Report on vaccination in the Province of Bengal - 1874-1889
Year: 1874
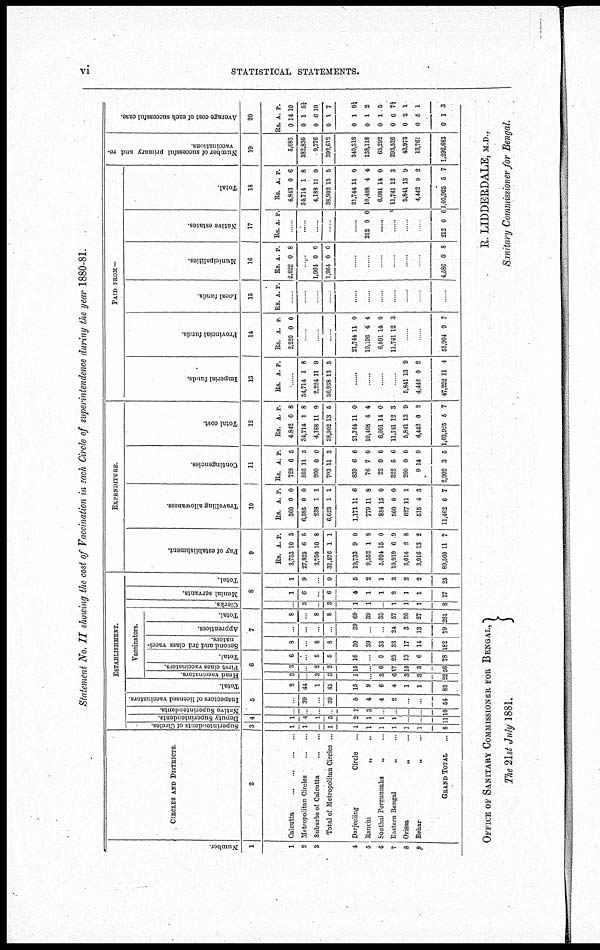
vi
STATISTICAL STATEMENTS.
Statement No. II showing the cost of Vaccination in each Circle of superintendence during the year 1880-81.
Number.
1
1
2
3
4
5
6
7
8
9
CIRCLES AND DISTRICTS.
2
Calcutta ... ... ... ...
Metropolitan Circles ... ... ... ...
Suburbs of Calcutta
...
...
Total of Metropolitan Circles ...
Darjeeling
Circle ...
Ranchi
„
...
Sonthal Pergunnahs
„ ...
Eastern Bengal
„ ...
Orissa
„ ...
Behar
„ ...
GRAND TOTAL ...
ESTABLISHMENT.
Superintendents of Circles.
3
1
1
...
1
1
1
1
1
1
1
8
Deputy Superintendents.
4
1
4
1
5
2
1
1
1
...
...
11
Native Superintendents.
Inspectors of licensed vaccinators.
Total.
5
...
...
...
...
7
3
...
...
...
...
10
...
39
...
39
5
4
4
2
...
...
54
2
44
1
45
15
9
6
4
1
1
83
Vaccinators.
Head vaccinators.
First class vaccinators.
Total.
6
3
...
3
3
1
...
3
6
8
3
22
3
...
2
2
15
...
6
17
10
3
56
6
...
5
5
16
...
9
23
13
6
78
Second and 3rd class vacci-
nators.
Apprentices.
Total.
7
8
...
8
8
30
39
33
33
17
14
182
...
...
...
...
39
...
...
24
3
13
79
8
...
8
8
69
39
38
57
20
27
261
Clerks.
Menial servants.
Total.
8
...
3
...
3
1
1
...
1
1
1
8
1
6
...
6
4
1
1
2
1
1
17
1
9
...
9
5
2
1
3
2
2
25
EXPENDITURE.
Pay of establishment.
9
Rs.
3,753
27,825
3,750
31,576
19,733
9,552
5,094
10,919
5,014
3,916
89,560
A.
10
6
10
1
9
1
15
6
2
13
11
P.
3
6
8
1
0
8
0
9
8
2
7
Travelling allowances.
10
Rs.
360
6,385
238
6,623
1,171
779
884
500
627
515
11,462
A.
0
0
1
1
11
11
15
0
11
4
6
P.
0
0
1
1
6
8
0
0
1
3
7
Contingencies.
11
Rs.
728
503
200
703
839
76
22
322
200
9
2,902
A.
6
11
0
11
6
7
0
5
0
14
3
P.
5
3
0
3
6
0
0
6
0
9
5
Total cost.
12
Rs.
4,842
34,714
4,188
38,902
21,744
10,408
6,001
11,741
5,841
4,442
1,03,925
A.
0
1
11
13
11
4
14
12
13
0
5
P.
8
8
9
5
0
4
0
3
9
2
7
PAID FROM—
Imperial funds.
13
Rs. A. P.
......
34,714
2,224
36,938
1
11
13
8
9
5
......
......
......
......
5,841
4,442
47,222
13
0
11
9
2
4
Provincial funds.
14
Rs.
2,220
A.
0
P.
0
......
......
......
21,744
10,196
6,001
11,741
11
4
14
12
0
4
0
3
......
......
51,904 9 7
Local funds.
15
Rs. A. P.
......
......
......
......
......
......
......
......
......
......
......
Municipalities.
16
Rs.
2,622
A.
0
P.
8
1,964
1,964
0
0
0
0
......
......
......
......
......
......
4,586 0 8
Native estates.
17
Rs. A. P.
......
......
......
......
......
212 0 0
......
......
......
......
212 0 0
Total.
18
Rs.
4,843
34,714
4,183
38,902
21,744
10,408
6,001
11,741
5,841
4,442
1,03,925
A.
0
1
11
13
11
4
14
12
13
0
5
P.
6
8
9
5
0
4
0
3
9
2
7
Number of successful primary and re-
vaccinations.
19
5,083
382,836
9,776
392,612
340,318
138,118
65,292
293,526
43,973
18,761
1,292,683
Average cost of each successful case.
20
Rs.
0
0
0
0
0
0
0
0
0
0
0
A.
14
1
6
1
1
1
1
0
2
5
1
P.
10
5¼
10
7
0¼
2
5
7½
1
1
3
OFFICE OF SANITARY COMMISSIONER FOR BENGAL,
The 21st July1881.
R. LIDDERDALE, M.D.,
Sanitary Commissioner for Bengal.